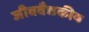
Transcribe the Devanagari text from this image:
जीववैद्यकीय